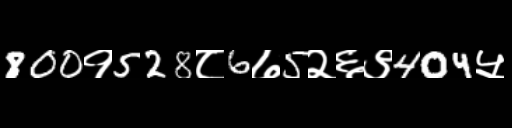
Text: 800१528८6७5२६९404५